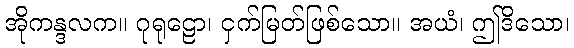
အိုကန္ဒလက။ ဂုရုဠော၊ ငှက်မြတ်ဖြစ်သော။ အယံ၊ ဤဒိသော၊